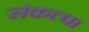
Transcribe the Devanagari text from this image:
संकल्पा